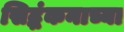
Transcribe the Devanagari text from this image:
सिद्धंकनाच्या